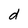
Character: d